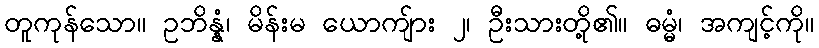
တူကုန်သော။ ဥဘိန္နံ၊ မိန်းမ ယောကျ်ား ၂၊ ဦးသားတို့၏။ ဓမ္မံ၊ အကျင့်ကို။